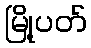
မြို့ပတ်